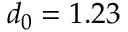
d _ { 0 } = 1 . 2 3